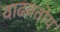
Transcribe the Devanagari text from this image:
वाढवतोय